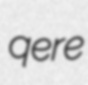
qere